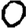
Digit: 0